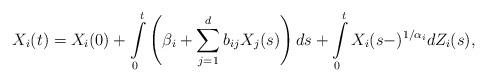
LaTeX: \begin{align*}X_{i}(t) & =X_{i}(0)+\int\limits _{0}^{t}\left(\beta_{i}+\sum\limits _{j=1}^{d}b_{ij}X_{j}(s)\right)ds+\int\limits _{0}^{t}X_{i}(s-)^{1/\alpha_{i}}dZ_{i}(s),\end{align*}